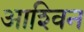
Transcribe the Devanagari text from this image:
आश्‍विन